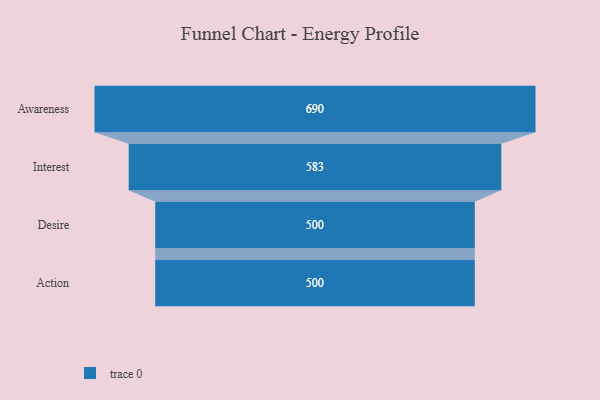
{"axis": {"x": "Stage", "y": "Value"}, "legend": [""], "data": [{"x": "Awareness", "y": 690.0, "type": ""}, {"x": "Interest", "y": 583.0, "type": ""}, {"x": "Desire", "y": 500, "type": ""}, {"x": "Action", "y": 500, "type": ""}]}